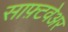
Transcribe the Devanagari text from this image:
साफ़्टवेअर